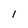
Character: l